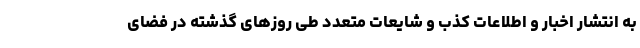
به انتشار اخبار و اطلاعات کذب و شایعات متعدد طی روزهای گذشته در فضای